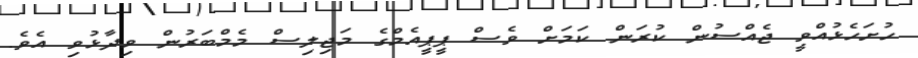
ހުށަހެޅުއްވީ ޖެއްސުން ކުރަން ކަމަށް ވެސް ޕީޕީއެމްގެ މަޖިލިސް މެމްބަރުން ވިދާޅުވި އެވެ.